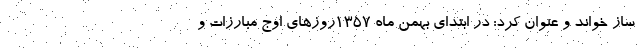
ساز خواند و عنوان کرد: در ابتدای بهمن ماه 1357روزهای اوج مبارزات و